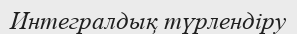
Интегралдық түрлендіру